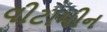
વીટામીન